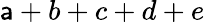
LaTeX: \mathsf{a}+b+c+d+e